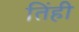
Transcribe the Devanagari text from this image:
तिंही